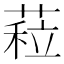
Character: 𦷏